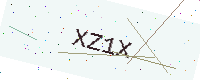
Text: XZ1X